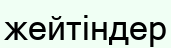
жейтіндер